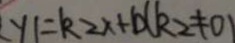
y 1 = k 2 x + b ( k 2 \neq 0 )